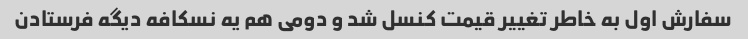
سفارش اول به خاطر تغییر قیمت کنسل شد و دومی هم یه نسکافه دیگه فرستادن